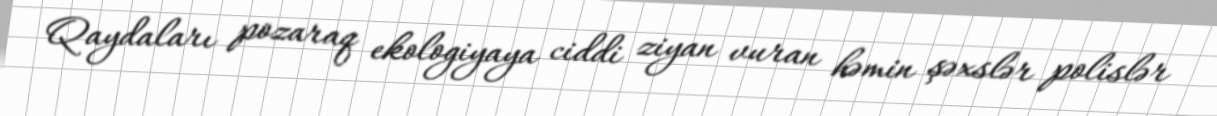
Qaydaları pozaraq ekologiyaya ciddi ziyan vuran həmin şəxslər polislər